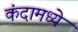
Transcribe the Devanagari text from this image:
कंदामध्ये